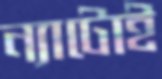
ন্যাটোই